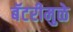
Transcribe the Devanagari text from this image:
बॅटरीमुळे